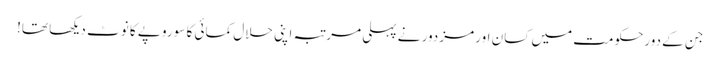
جن کے دورحکومت میں کسان اور مزدور نے پہلی مرتبہ اپنی حلال کمائی کا سو روپے کا نوٹ دیکھا تھا!